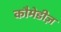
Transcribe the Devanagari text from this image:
कौमेडीज़